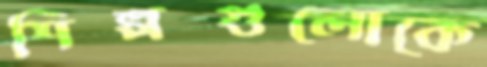
শিল্পগুলোকে